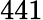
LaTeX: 441